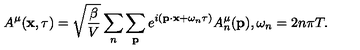
A ^ { \mu } ( { \bf x } , \tau ) = \sqrt { \frac { \beta } { V } } \sum _ { n } \sum _ { { \bf p } } e ^ { i ( { \bf p } \cdot { \bf x } + \omega _ { n } \tau ) } A _ { n } ^ { \mu } ( { \bf p } ) , \omega _ { n } = 2 n \pi T .